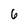
Character: 6